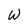
Character: W